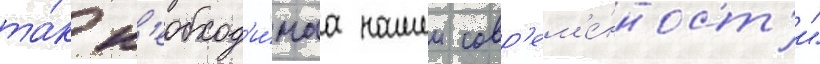
та́к н'еобход'и́маа нашеи совр'ем'е́нност'и"